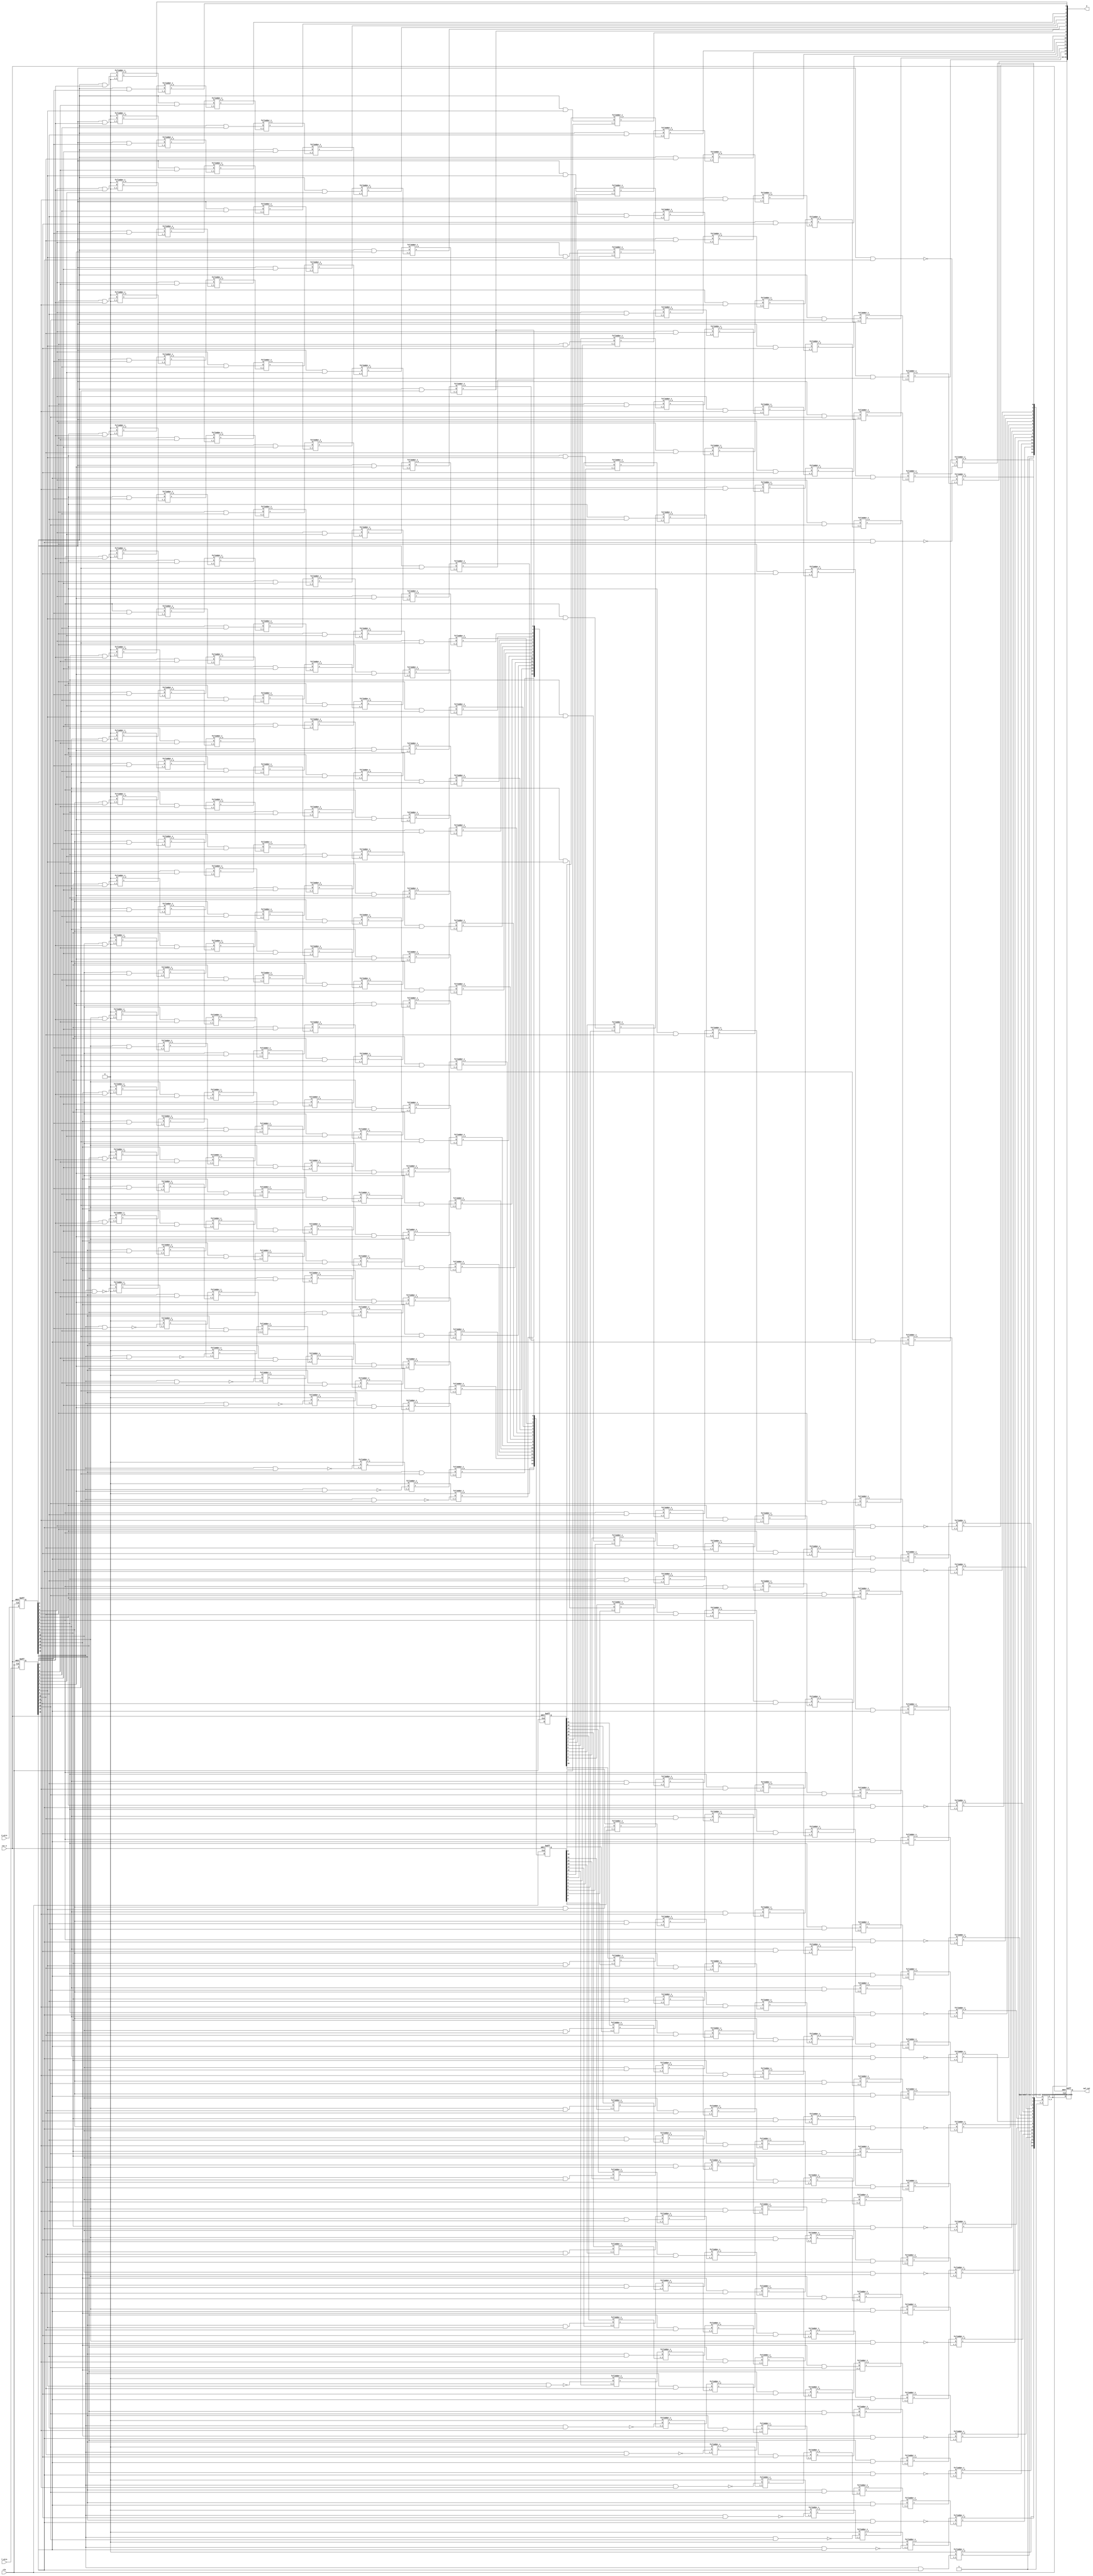
module BW_mul_pipline #(parameter WIDTH = 16)
(
    input wire clk,
    input wire rst_n,

    input wire [WIDTH-1:0] X_wire,
    input wire [WIDTH-1:0] Y_wire,

    output wire [2*WIDTH-1:0] P,

    output reg [WIDTH-1:0] mul_out
);

    reg [WIDTH-1:0] X,Y;

    always@(posedge clk or negedge rst_n)begin
        if (!rst_n) begin
            X <= 0;
            Y <= 0;
        end
        else begin
            X <= X_wire;
            Y <= Y_wire;
        end
    end


    wire  xy[WIDTH-1:0][WIDTH-1:0]; //
    wire  si[WIDTH-1:0][WIDTH-1:0];
    wire  ci[WIDTH-1:0][WIDTH-1:0];
    wire  so[WIDTH-1:0][WIDTH-1:0];
    wire  co[WIDTH-1:0][WIDTH-1:0];

    reg [WIDTH-1:0] pipline_so_reg0,  pipline_co_reg0;

    //generate xy
    genvar i,j;
    //part1
    generate
        for (i=0; i<WIDTH-1 ; i=i+1) begin
            for (j=0; j<WIDTH-1 ;j=j+1 ) begin
                assign xy[i][j] = X[i] & Y[j];
            end
        end
    endgenerate
    //part2
    generate
        for (j=0; j<WIDTH-1 ; j=j+1) begin
            assign xy[WIDTH-1][j] = ~(X[WIDTH-1] & Y[j]);
        end
    endgenerate
    //part3
    generate
        for (i=0; i<WIDTH-1 ;i=i+1 ) begin
            assign xy[i][WIDTH-1] = ~(X[i] & Y[WIDTH-1]);
        end
    endgenerate
    //part4
    assign xy[WIDTH-1][WIDTH-1] = X[WIDTH-1] & Y[WIDTH-1];

    //co so
    //ci  si 
    generate
        for (i=0 ;i<WIDTH ;i=i+1 ) begin
            assign ci[i][0] = 1'b0;
        end
        for (i=0 ;i<WIDTH ;i=i+1 ) begin
            for(j=1 ;j<WIDTH/2 ;j=j+1)begin
                assign ci[i][j] = co[i][j-1];
            end
        end
        for (i=0 ;i<WIDTH ;i=i+1 ) begin
            assign ci[i][WIDTH/2] = pipline_co_reg0[i];  //pipline reg

        end

        for (i=0 ;i<WIDTH ;i=i+1 ) begin
            for(j=WIDTH/2+1 ;j<WIDTH ;j=j+1)begin
                assign ci[i][j] = co[i][j-1];
            end
        end
    endgenerate

    generate
        for (i=0 ;i<WIDTH ;i=i+1 ) begin
            assign si[i][0] = 1'b0;
        end
        for (j=1; j<WIDTH; j=j+1)begin
            assign si[WIDTH-1][j] = 1'b0; 
        end

        for (i=0 ;i<WIDTH-1 ;i=i+1 ) begin
            for(j=1 ;j<WIDTH/2 ;j=j+1)begin
                assign si[i][j] = so[i+1][j-1];
            end
        end

        for (i=0 ;i<WIDTH-1 ;i=i+1 ) begin
            assign si[i][WIDTH/2] = pipline_so_reg0[i+1];
        end

        for (i=0 ;i<WIDTH-1 ;i=i+1 ) begin
            for(j=WIDTH/2+1 ;j<WIDTH ;j=j+1)begin
                assign si[i][j] = so[i+1][j-1];
            end
        end
    endgenerate
    reg [31:0] index; 
    always @(posedge clk or negedge rst_n) begin
        if (!rst_n) begin
            pipline_co_reg0 <= 0;
            pipline_so_reg0 <= 0;
            index <= 0;
        end
        else begin
            for (index=0 ;index<WIDTH ;index=index+1 ) begin
                pipline_co_reg0[index] <= co[index][WIDTH/2-1];
                pipline_so_reg0[index] <= so[index][WIDTH/2-1];
            end
        end
    end

    //full_adder
    generate
        for (i=0; i<WIDTH; i=i+1)begin
            for (j=0; j<WIDTH; j=j+1)begin :full_adders
                fullAdder_1 u_full_adder(
                    .a      (si[i][j]),
                    .b      (xy[i][j]),
                    .c_i    (ci[i][j]),
                    .c_o    (co[i][j]),
                    .s      (so[i][j])
                );
            end
        end
    endgenerate
    


    
    //part5 rca adder
    wire [WIDTH-1:0] rca_ad1, rca_ad2, rca_so;
    wire rca_ci, rca_co;

    generate
        for (i=0; i<WIDTH-1; i=i+1)begin
            assign rca_ad1[i] = so[i+1][WIDTH-1];
        end
        assign rca_ad1[WIDTH-1] = 1'b1;
    endgenerate

    generate
        for (i=0; i<WIDTH; i=i+1)begin
            assign rca_ad2[i] = co[i][WIDTH-1];
        end
    endgenerate
    assign rca_ci = 1'b1;


    rcax #(
    .width(WIDTH)
    ) rca_16 (
        .A(rca_ad1),
        .B(rca_ad2),
        .c_i(rca_ci), 

        .S(rca_so),
        .c_o(rca_co)
    );


    //result output
    generate
        for (j=0; j<WIDTH; j=j+1)begin
            assign P[j] = so[0][j];
        end
    endgenerate
    assign P[2*WIDTH-1 : WIDTH] = rca_so;

    always @(posedge clk or negedge rst_n) begin
        if (!rst_n) begin
            mul_out <= 0;
        end
        else begin
            mul_out <= rca_so;
        end
    end

endmodule


module rcax #(
    parameter width = 4
) (
    input [width-1:0] A,
    input [width-1:0] B,
    input wire c_i, 

    output [width-1:0] S,
    output c_o
);//  
    wire [width:0] cascadeLine; //
    genvar i;
    generate
        for (i=0; i<width; i=i+1) begin : rca_width
            fullAdder_1 fulladders(
                .a(A[i]),
                .b(B[i]),
                .c_i(cascadeLine[i]),
                .s(S[i]),
                .c_o(cascadeLine[i+1])
            );
        end
    endgenerate
    assign c_o = cascadeLine[width];
    assign cascadeLine[0] = c_i;
endmodule
module fullAdder_1(
    input wire a, b, //
    input wire c_i,  //
    output s, c_o
);
    assign s = a ^ b ^ c_i;
    assign c_o = a & b | (a ^ b) & c_i;
endmodule